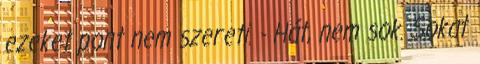
ezeket pont nem szereti. - Hát, nem sok. Sokat